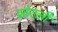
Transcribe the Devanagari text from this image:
प्रवेशली